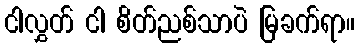
ငါလွှတ် ငါ စိတ်ညစ်သာပဲ မြခက်ရာ။